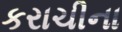
કરાચીના